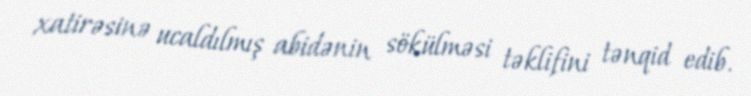
xatirəsinə ucaldılmış abidənin sökülməsi təklifini tənqid edib.